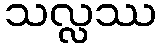
သလ္လဿ